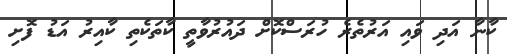
ކާނާ އަދި ވައި އަރުތެރެ ހުރަސްކޮށް ދައުރުވާތީ ކާތަކެތި ކާއިރު އަޑު ފޮށި